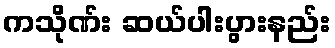
ကသိုဏ်း ဆယ်ပါးပွားနည်း